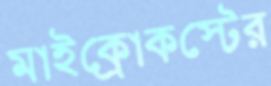
মাইক্রোকস্টের